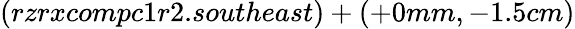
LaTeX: (rzrxcompc1r2.southeast)+(+0mm,-1.5cm)